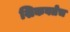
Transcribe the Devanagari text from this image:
शिकवतेच